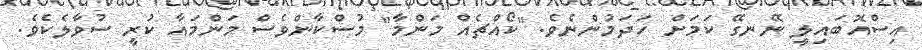
އިސްއޮބައިލީ ނޭނގޭ ކަމަށް ހަދަމުންނެވެ. "ކޯއްޗެއް މަންމާ" މުސްކާންވެސް މަންމައާ ކުރީ ސުވާލެކެވެ.